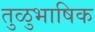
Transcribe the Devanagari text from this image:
तुळुभाषिक